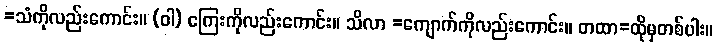
=သံကိုလည်းကောင်း။ (ဝါ) ကြေးကိုလည်းကောင်း။ သိလာ =ကျောက်ကိုလည်းကောင်း။ တထာ=ထိုမှတစ်ပါး။